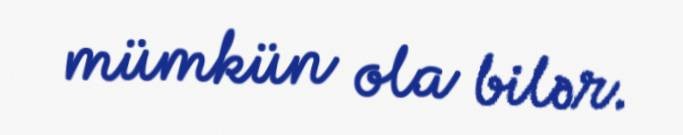
mümkün ola bilər.